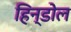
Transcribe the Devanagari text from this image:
हिन्डोल